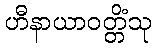
ဟီနာယာဝတ္တိံသု